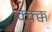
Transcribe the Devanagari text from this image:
क्क्क्क